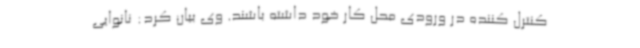
کنترل کننده در ورودی محل کار خود داشته باشند. وی بیان کرد: نانوایی